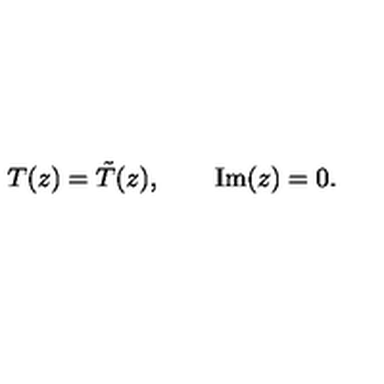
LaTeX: T ( z ) = \tilde { T } ( z ) , \qquad \mathrm { I m } ( z ) = 0 .